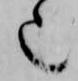
也